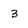
Character: 3